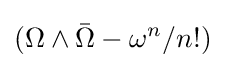
(\Omega \wedge {\bar {\Omega }}-\omega ^{n}/n!)